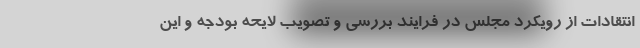
انتقادات از رویکرد مجلس در فرایند بررسی و تصویب لایحه بودجه و این